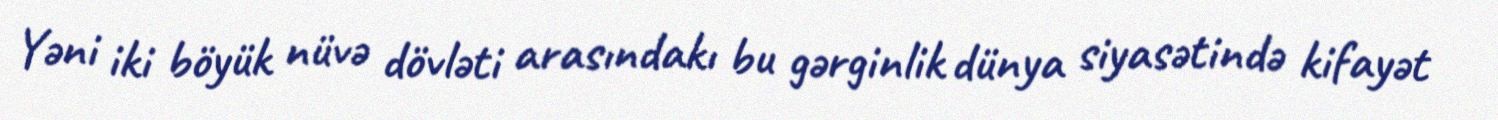
Yəni iki böyük nüvə dövləti arasındakı bu gərginlik dünya siyasətində kifayət